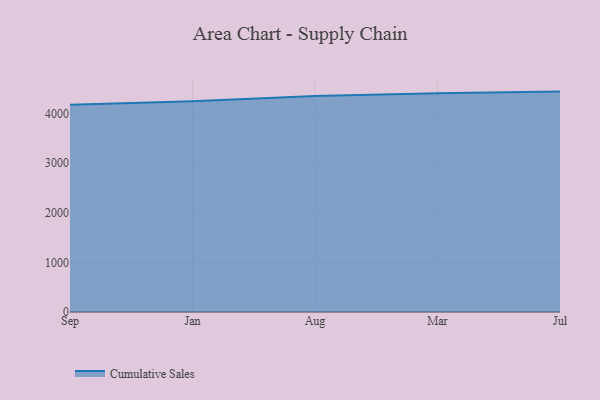
{"axis": {"x": "Month", "y": "Customer Acquisition Cost (USD)"}, "legend": ["Cumulative Sales"], "data": [{"x": "Sep", "y": 4182.7, "type": "Cumulative Sales"}, {"x": "Jan", "y": 4252.2, "type": "Cumulative Sales"}, {"x": "Aug", "y": 4355.9, "type": "Cumulative Sales"}, {"x": "Mar", "y": 4411.3, "type": "Cumulative Sales"}, {"x": "Jul", "y": 4446.0, "type": "Cumulative Sales"}]}